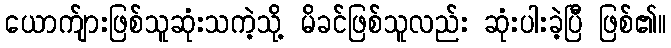
ယောက်ျားဖြစ်သူဆုံးသကဲ့သို့ မိခင်ဖြစ်သူလည်း ဆုံးပါးခဲ့ပြီ ဖြစ်၏။